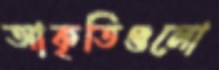
আকৃতিগুলো